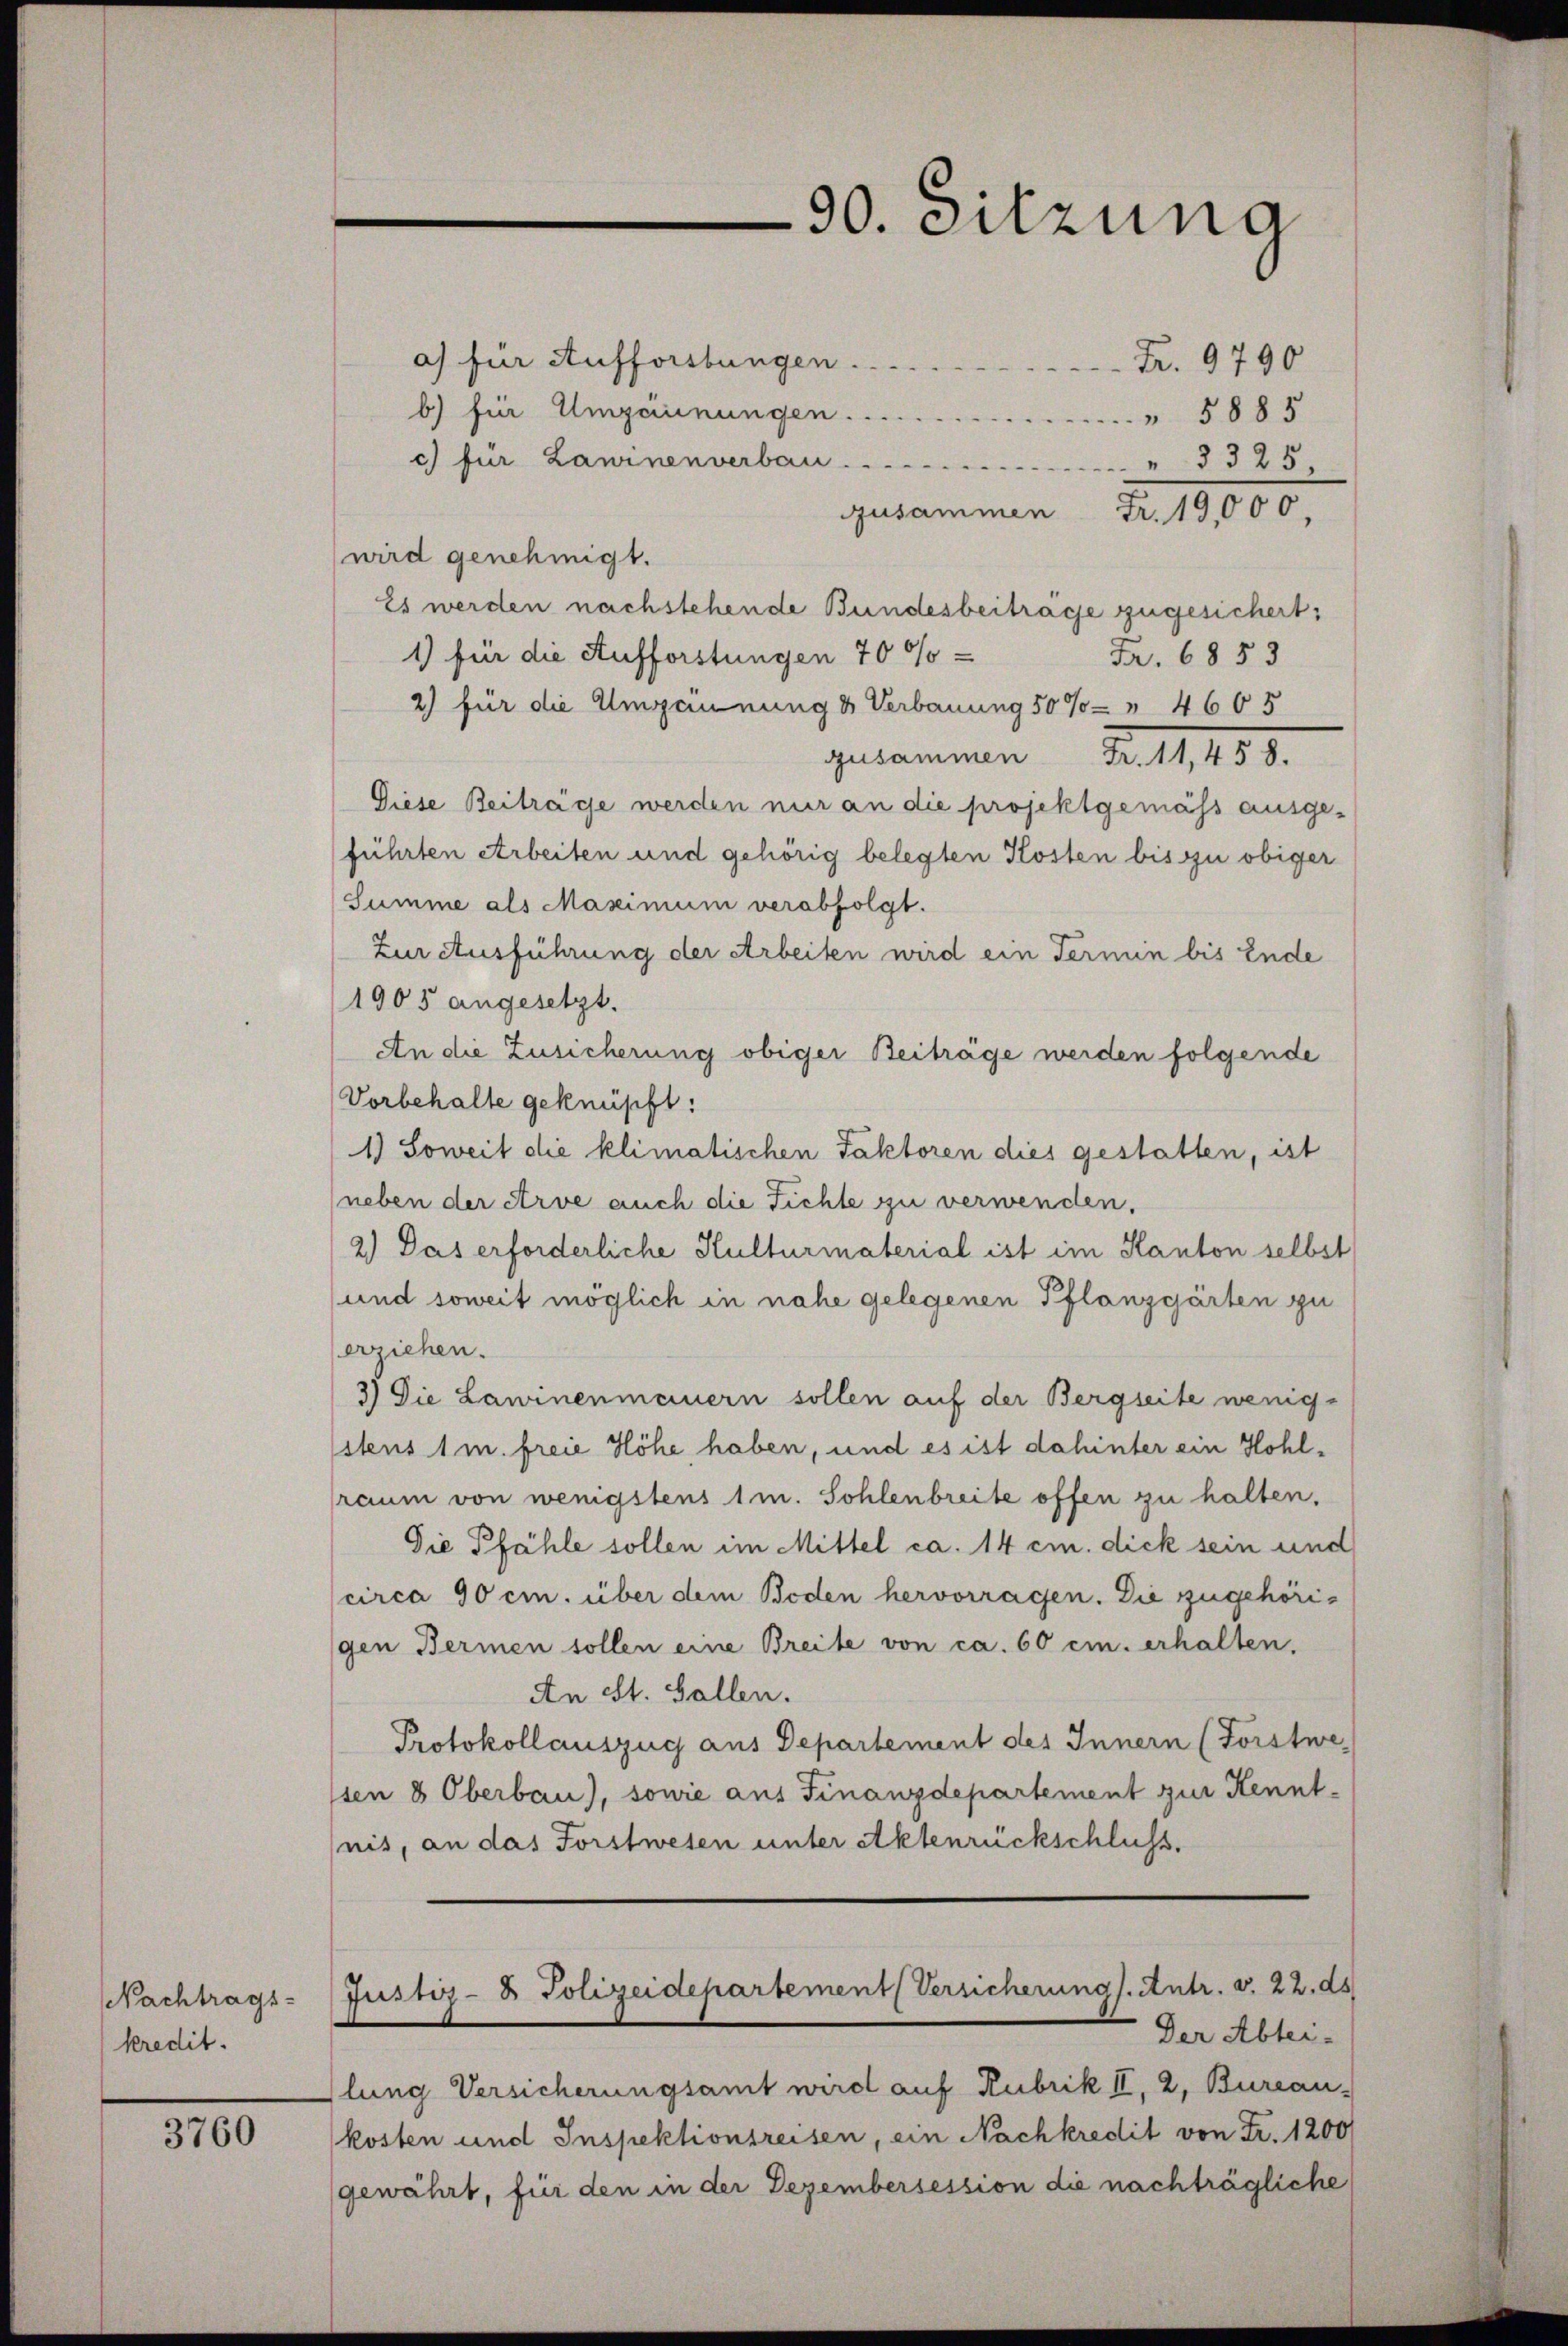
Nachtrags-
kredit.

3760

30. Sitzung

a) für Aufforstungen . . . . . . . . . . . . . . .
Fr. 9790
b) für Umgannungen.
" 5885
c) für Lawinenverbau
5325,
zusammen Fr. 19,000.
wird genehmigt.
Es werden nachstehende Bundesbeitrage zugesichert,
1) für die Aufforstungen 70 %o¬
Fr. 6853
2) für die Umzannung & Verbauung 50% " 4665
gekommen Fr. 11,155.
Diese Beitrage werden nur an die projektgemäss ausgeführten Arbeiten und gehörig belegten Kosten bis zu obiger
Summe als Maximum verabfolgt.
Zur Ausführung der Arbeiten wird ein Termin bis Ende
1905 angesetzt.
An die Zusicherung obiger Beiträge werden folgende
Vorbehalte geknüpft:
1) Soweit die klimatischen Faktoren dies gestatten, ist
neben der Arve auch die Fichte zu verwenden.
2.) Das erforderliche Kulturmaterial ist im Kanton selbst
und soweit möglich in nahe gelegenen Pflanzgärten zu
erziehen.
3.) Die Lawinenmauern sollen auf der Bergseite wenig-
stens 1 m. freie Höhe haben, und es ist dahinter ein Hohlraum von wenigstens 1 m. Sohlenbreite offen zu halten.
Die Pfähle sollen im Mittel ca. 14 cm. dick sein und
circa 90 cm. über dem Boden hervorragen. Die zugehörigen Bermen sollen eine Breite von ca. 60 cm. erhalten.
An St. Gallen.
Protokollauszug aus Departement des Innern (Forstwe
ssen 8 Oberbau), sowie aus Finanzdepartement zur Kenntnis, an das Forstwesen unter Aktenrückschluss.

Justiz- & Polizeidepartement Versicherung. Antr. d. 22. ds

Der Abtei-
lung Versicherungsamt wird auf Rubrik II, 2, Bureau-
kosten und Inspektionsreisen, ein Nachkredit von Fr. 1200
gewährt, für den in der Dezembersession die nachträgliche